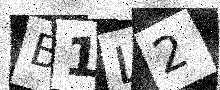
Text: B1L2